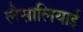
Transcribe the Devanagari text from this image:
लैसालियाई